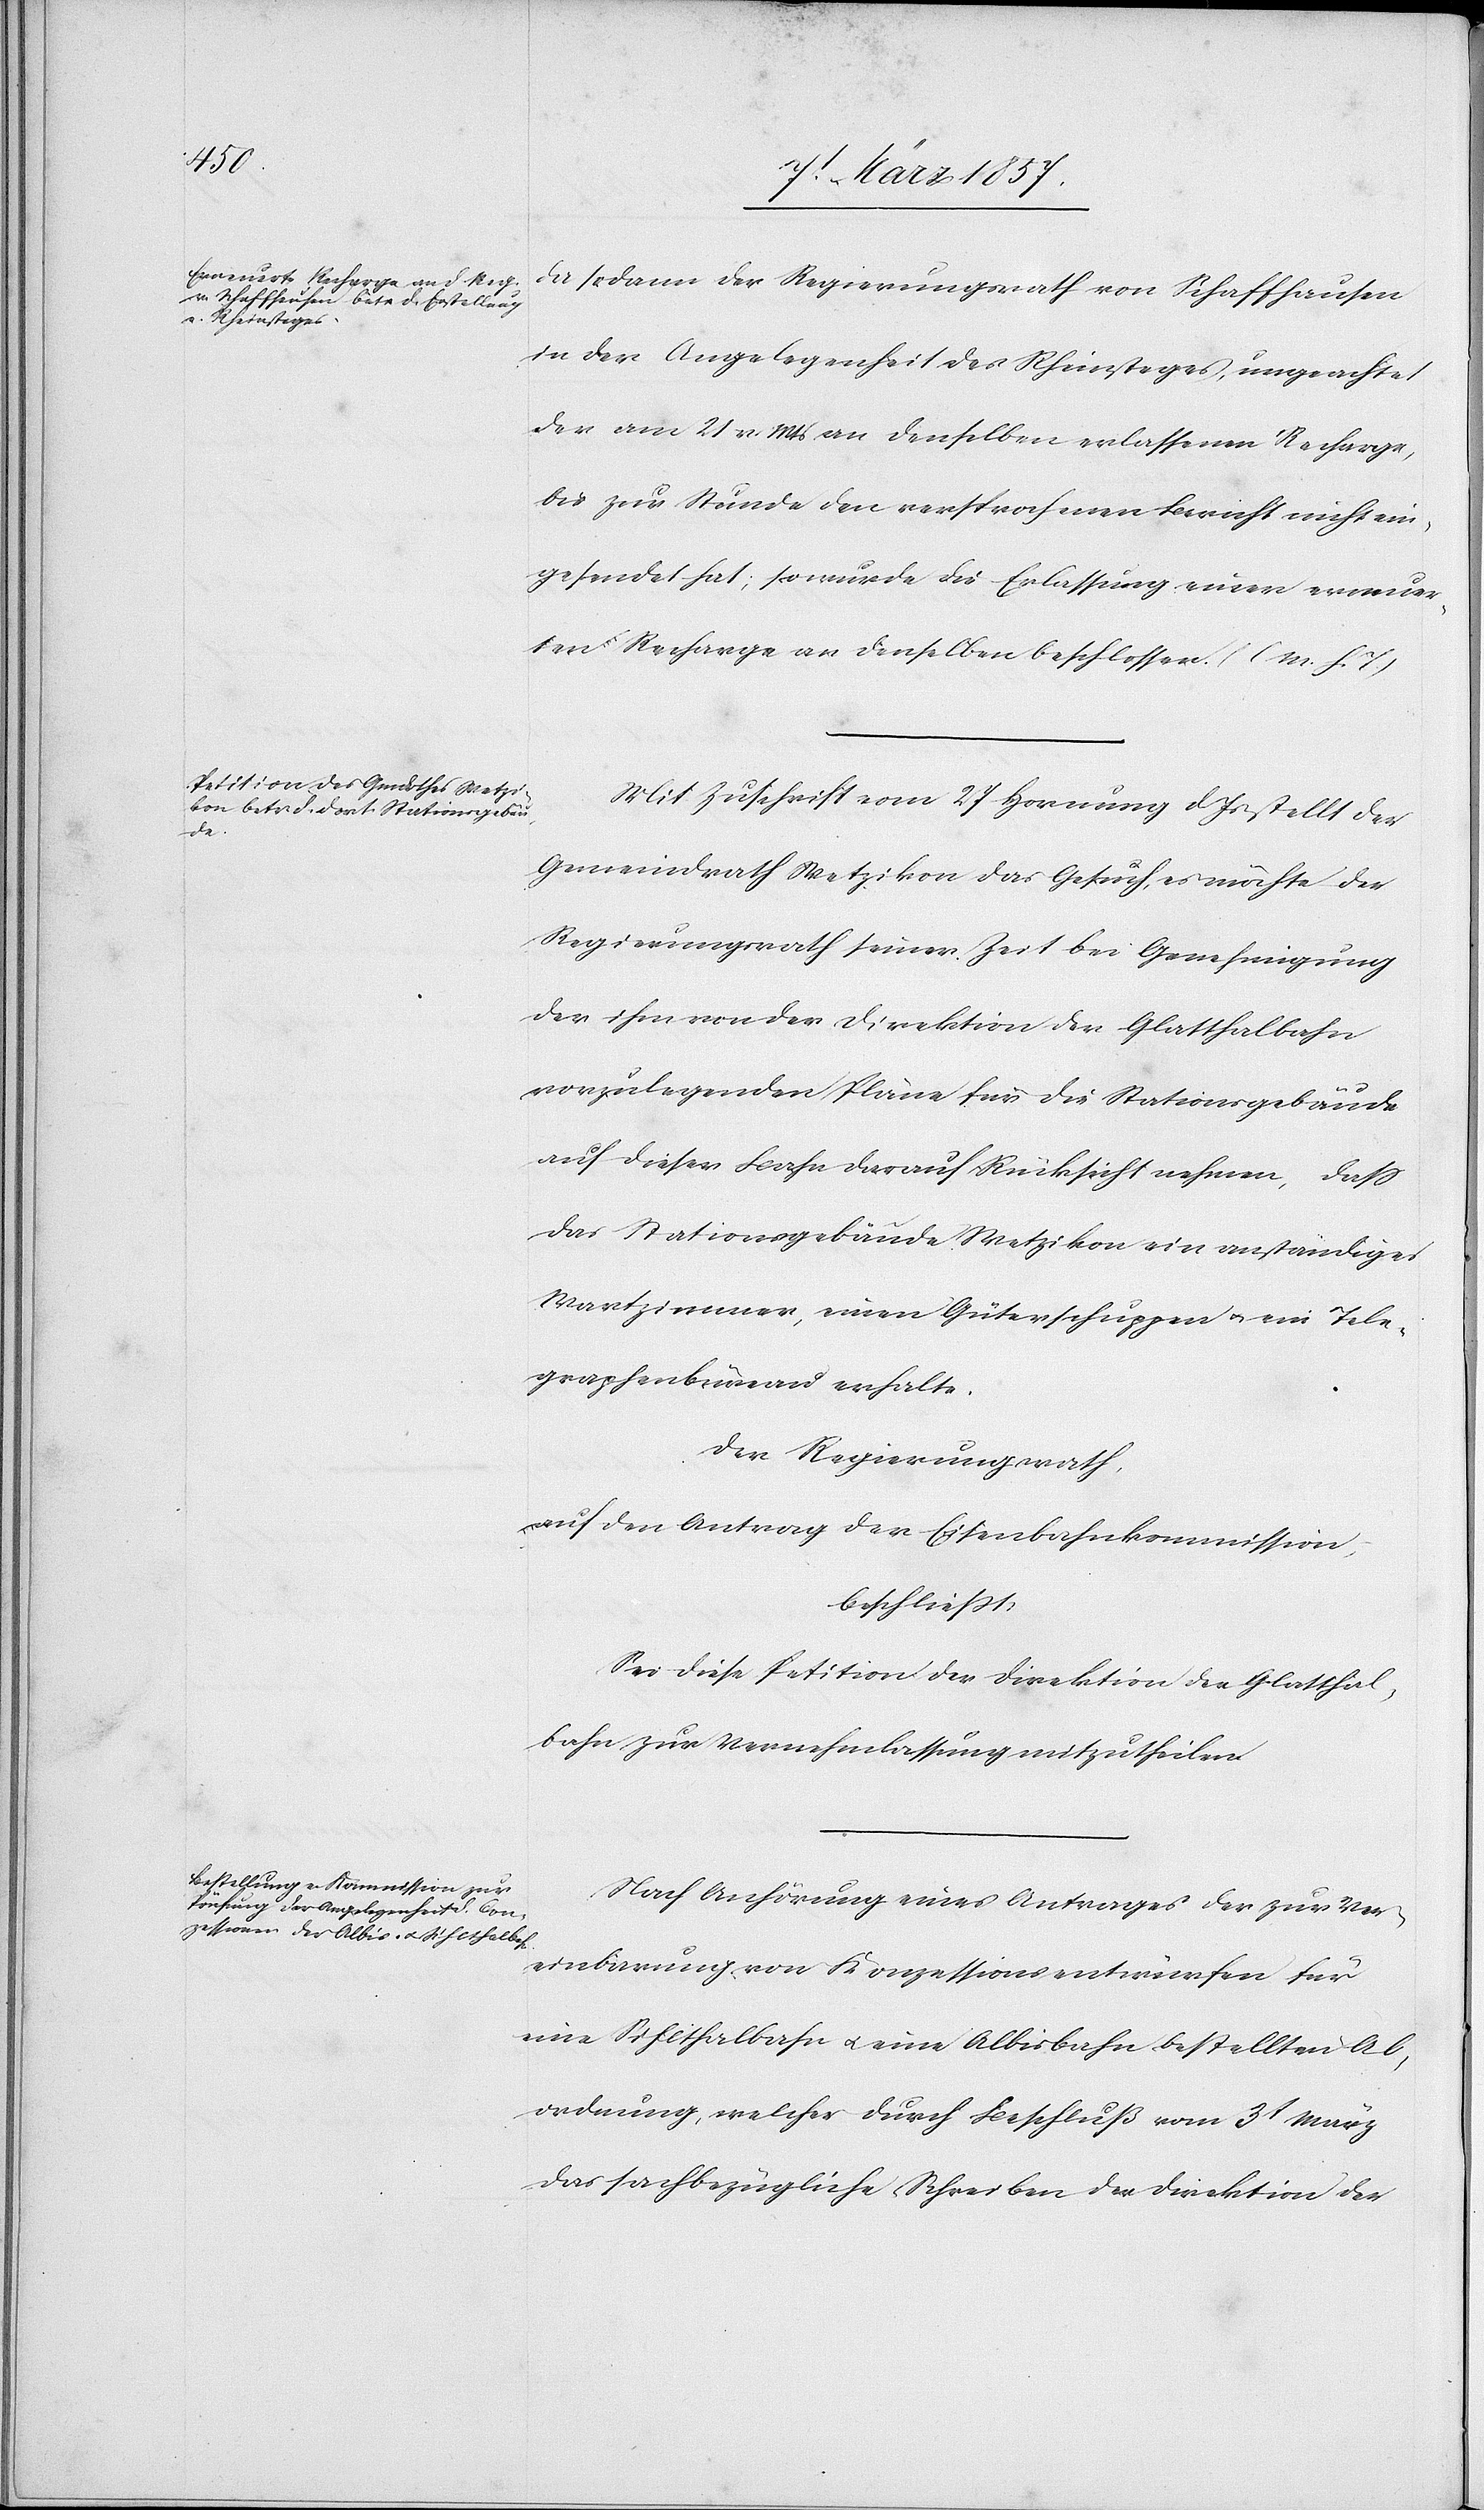
Da sodann der Regierungsrath von Schaffhausen
in der Angelegenheit des Rheinsteges, ungeachtet
der am 21 v. Mts an denselben erlassenen Recharge,
bis zur Stunde den versprochenen Bericht nicht ein¬
gesendet hat, so wurde die Erlassung einer erneuer¬
ten Recharge an denselben beschlossen. (l M. h. T.)
Mit Zuschrift vom 27 Hornung d Js stellt der
Gemeindrath Wetzikon das Gesuch, es möchte der
Regierungsrath seiner Zeit bei Genehmigung
der ihm von der Direktion der Glatthallbahn
vorzulegenden Pläne für die Stationsgebäude
auf dieser Bahn darauf Rücksicht nehmen, daß
das Stationsgebäude Wetzikon ein anständiges
Wartzimmer, einen Güterschuppen u. ein Tele¬
graphenbüreau erhalte.
Der Regierungsrath,
auf den Antrag der Eisenbahnkommission,
beschließt,
Sei diese Petition der Direktion der Glatthal¬
bahn zur Vernehmlassung mitzutheilen.
Nach Anhörung eines Antrages der zur Ver¬
einbarung von Konzessionsentwürfen für
eine Sihlthalbahn u. eine Albisbahn bestellten Ab¬
ordnung, welcher durch Beschluß vom 3t März
das sachbezügliche Schreiben der Direktion der